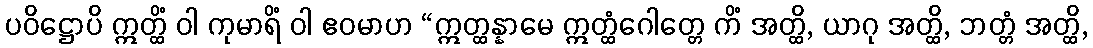
ပဝိဋ္ဌောပိ ဣတ္ထိံ ဝါ ကုမာရိံ ဝါ ဧဝမာဟ “ဣတ္ထန္နာမေ ဣတ္ထံဂေါတ္တေ ကိံ အတ္ထိ, ယာဂု အတ္ထိ, ဘတ္တံ အတ္ထိ,